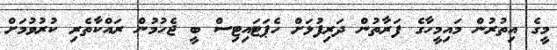
މީގެ އިތުރުން މައިމީހާގެ ފަރާތުން ދަރިފުޅަށް ހެޕަޓައިޓިސް ބީ ޖެހުމުން ރައްކާތެރި ކުރުވުމަށް